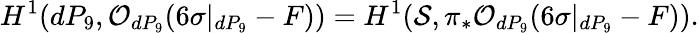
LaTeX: H^{1}(dP_{9},{\cal O}_{dP_{9}}(6\sigma|_{dP_{9}}-F))=H^{1}({\cal S},\pi_{*}{\cal O}_{dP_{9}}(6\sigma|_{dP_{9}}-F)).